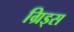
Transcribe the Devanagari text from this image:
ग्रिड्स